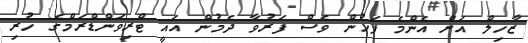
ޒާހިލް އަށް އެންމެ ފަހުން ވެސް ފަރުވާ ދެމުން އައީ ޓްރިވަންޑްރަމްގެ ހުރި